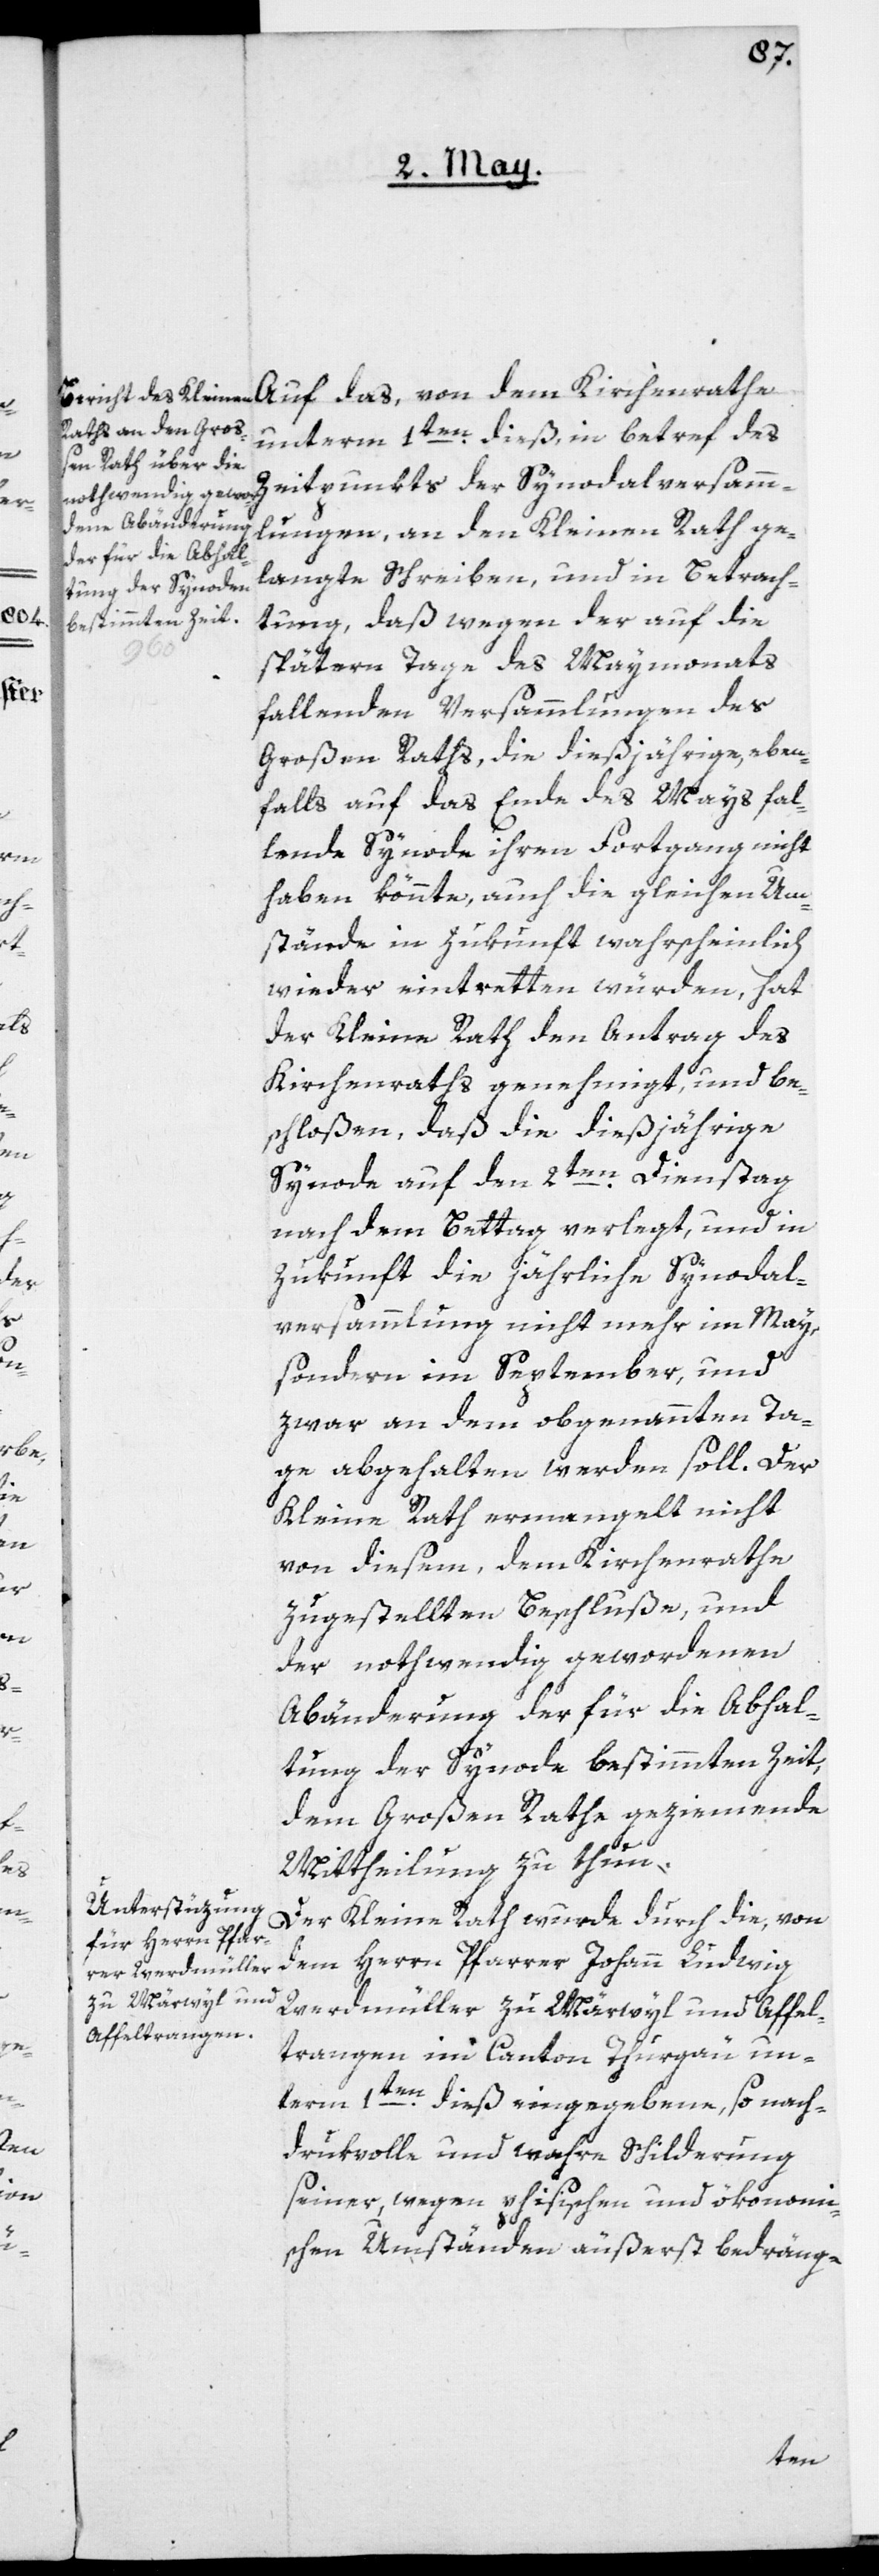
Auf
dem
von

unterm 1ten dieß, in betref des
Zeitpunkts der Synodalversamm¬
lungen, an den Kleinen Rath ge¬
langte Schreiben, und in Betrach¬
tung, daß wegen der auf die
spätern Tage des Maymonats
fallenden Versammlungen des
Großen Raths, die dießjährige, eben¬
falls auf das Ende des Mays fal¬
lende Synode ihren Fortgang nicht
haben könnte, auch die gleichen Um¬
stände in Zukunft wahrscheinlich
wieder eintretten würden, hat
der Kleine Rath den Antrag des
Kirchenraths genehmigt, und be¬
schloßen, daß die dießjährige
Synode auf den 2ten Dienstag
nach dem Bettag verlegt, und in
Zukunft die jährliche Synodal¬
versammlung nicht mehr im May,
sondern im September, und
zwar an dem obgenannten Ta¬
ge abgehalten werden soll. Der
Kleine Rath ermangelt nicht
von diesem, dem Kirchenrathe
zugestellten Beschluße, und
der nothwendig gewordenen
Abänderung der für die Abhal¬
tung der Synode bestimmten Zeit,
dem Großen Rathe geziemende
Mittheilung zu thun.
Der Kleine Rath wurde durch die, von
dem Herrn Pfarrer Johann Ludwig
Werdmüller zu Märwyl und Affel¬
trangen im Canton Thurgau un¬
term 1ten dieß eingegebene, so nach¬
drukvolle und wahre Schilderung
seiner, wegen phisischen und ökonomi¬
schen Umständen äußerst bedräng-